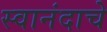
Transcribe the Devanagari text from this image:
स्वानंदाचे